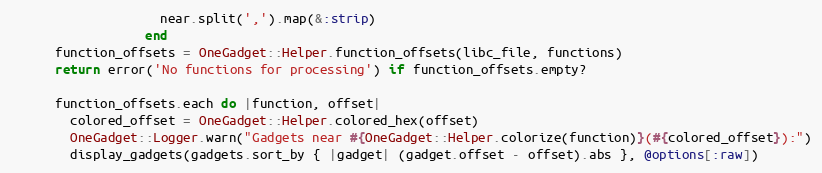
Language: Ruby
                    near.split(',').map(&:strip)
                  end
      function_offsets = OneGadget::Helper.function_offsets(libc_file, functions)
      return error('No functions for processing') if function_offsets.empty?

      function_offsets.each do |function, offset|
        colored_offset = OneGadget::Helper.colored_hex(offset)
        OneGadget::Logger.warn("Gadgets near #{OneGadget::Helper.colorize(function)}(#{colored_offset}):")
        display_gadgets(gadgets.sort_by { |gadget| (gadget.offset - offset).abs }, @options[:raw])